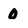
Character: 0